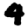
Digit: 4